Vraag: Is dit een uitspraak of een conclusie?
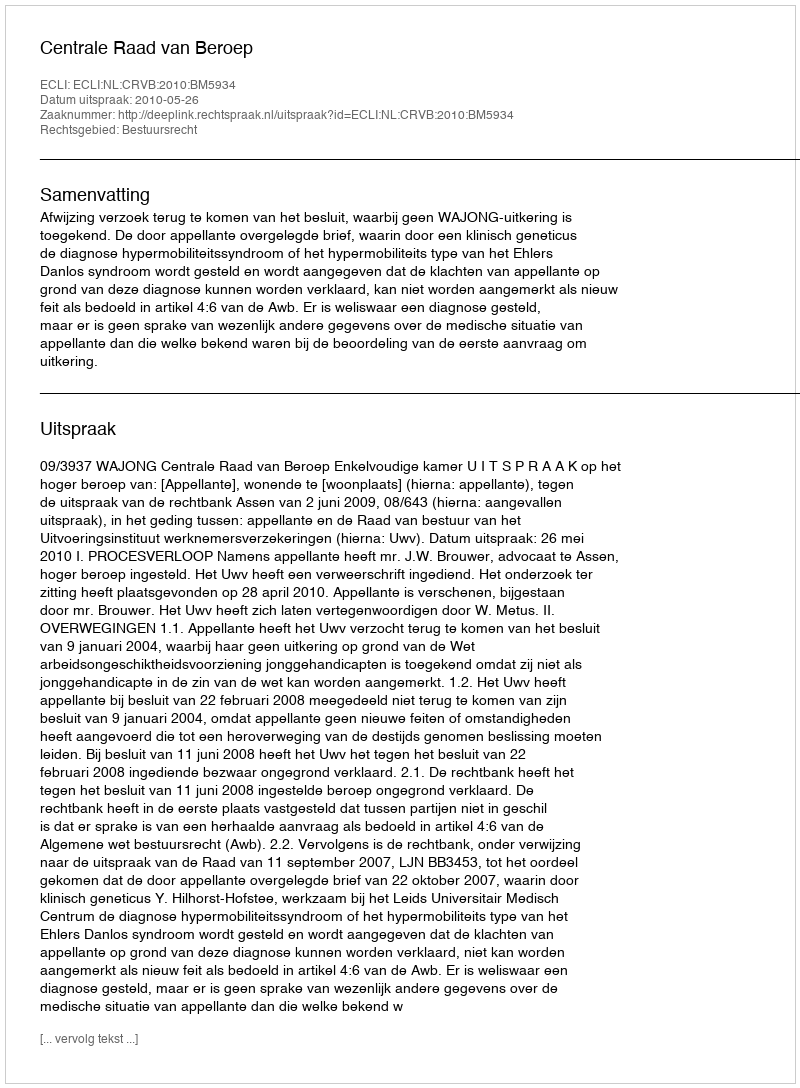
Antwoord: Uitspraak